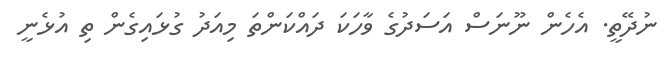
ނުދޭތީ. އެހެން ނޫނަސް އަސަދުގެ ވާހަކަ ދައްކަންތަ މިއަދު ގުޅައިގެން ތި އުޅެނީ